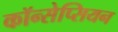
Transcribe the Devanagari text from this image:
कॉन्सेप्सियन